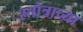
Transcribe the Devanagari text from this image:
स्तोत्राच्या